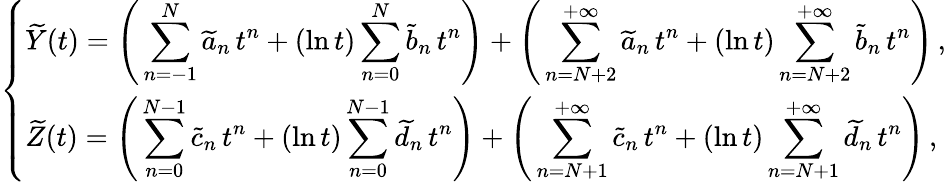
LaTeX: \left\{ \begin{array}{ll}{{\displaystyle\widetilde Y(t)=\left(\, \sum_{n=-1}^{N}\widetilde a_{n}\, t^{n}+(\ln t)\sum_{n=0}^{N}\widetilde b_{n}\, t^{n}\right)+\left(\, \sum_{n=N+2}^{+\infty}\widetilde a_{n}\, t^{n}+(\ln t)\sum_{n=N+2}^{+\infty}\widetilde b_{n}\, t^{n}\right)}\, ,}\\ {{\displaystyle\widetilde Z(t)=\left(\, \sum_{n=0}^{N-1}\widetilde c_{n}\, t^{n}+(\ln t)\sum_{n=0}^{N-1}\widetilde d_{n}\, t^{n}\right)+\left(\, \sum_{n=N+1}^{+\infty}\widetilde c_{n}\, t^{n}+(\ln t)\sum_{n=N+1}^{+\infty}\widetilde d_{n}\, t^{n}\right)}\, ,}\end{array}\right.